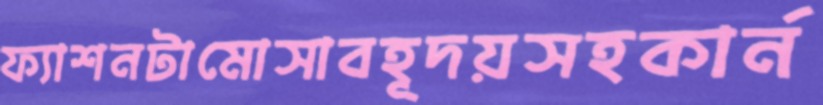
ফ্যাশনটামোসাবহূদয়সহকার্ন